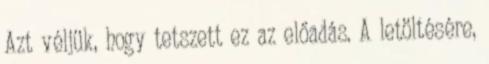
Azt véljük, hogy tetszett ez az előadás. A letöltésére,